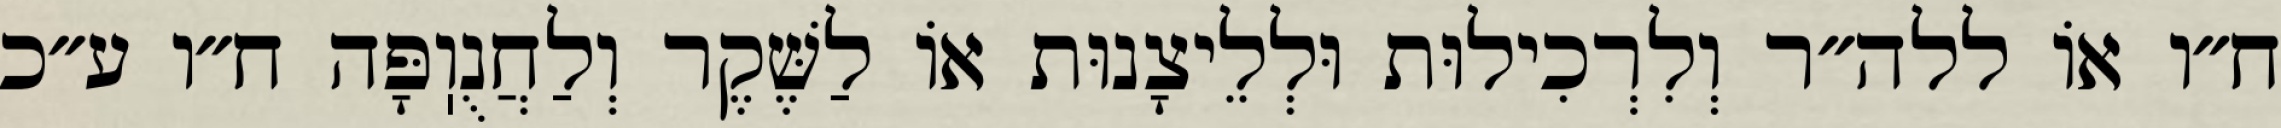
ח״ו אוֹ ללה״ר וְלִרְכִילוּת וּלְלֵיצָנוּת אוֹ לַשֶּׁקֶר וְלַחֲנֻוֽפָּה ח״ו ע״כ